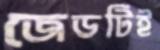
জেডটিই